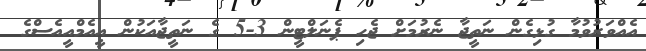
އެއްވަރުވުމާ ގުޅިގެން ނަތީޖާ ނެރުމަށް ޖެހި ޕެނަލްޓީން 3-5 ގެ ނަތީޖާއަކުން އީއެމްއީއެސްގެ